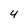
Character: 4